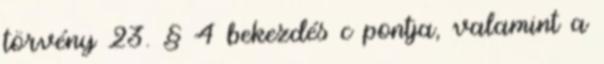
törvény 23. § 4 bekezdés c pontja, valamint a